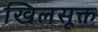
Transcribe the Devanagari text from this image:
खिलसूक्त